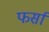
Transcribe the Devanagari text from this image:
फर्सा